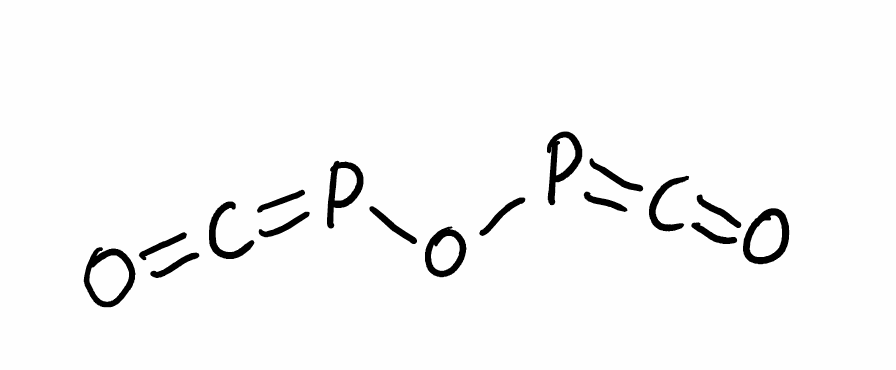
Simplified molecular-input line-entry system (SMILES) notation of the given molecule:
C(=O)=POP=C=O